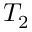
T _ { 2 }